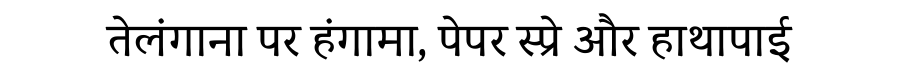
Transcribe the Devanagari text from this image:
तेलंगाना पर हंगामा, पेपर स्प्रे और हाथापाई